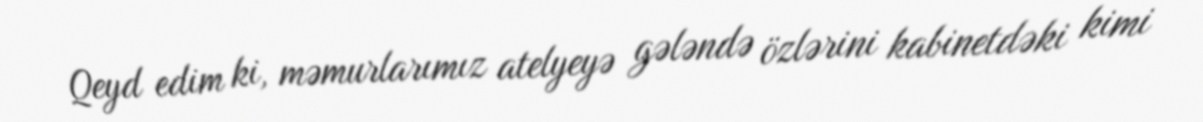
Qeyd edim ki, məmurlarımız atelyeyə gələndə özlərini kabinetdəki kimi